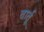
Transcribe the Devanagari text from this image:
तार्तू